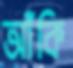
আঁকি